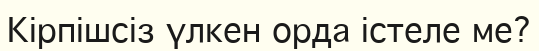
Кірпішсіз үлкен орда істеле ме?